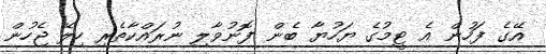
އޭގެ ފަހުން އެ ޓީމުގެ ޔަހުޔާ ބެން ފޮނުވާލި ނުރައްކާތެރި ހިލޭ ޖެހުން